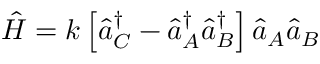
\hat { H } = k \left[ \hat { a } _ { C } ^ { \dagger } - \hat { a } _ { A } ^ { \dagger } \hat { a } _ { B } ^ { \dagger } \right] \hat { a } _ { A } \hat { a } _ { B }